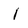
Character: I